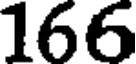
166